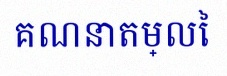
គណនាតម្លៃ